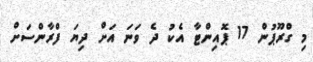
މި ގްރޫޕުން 17 ޕޮއިންޓާ އެކު ދެ ވަނަ އަށް ދިޔަ ފްރާންސަށް